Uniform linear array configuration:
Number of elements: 12
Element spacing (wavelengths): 0.25
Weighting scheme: hamming
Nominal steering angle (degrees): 60
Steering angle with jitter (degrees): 58.536
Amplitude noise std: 0.05
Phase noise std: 0.05

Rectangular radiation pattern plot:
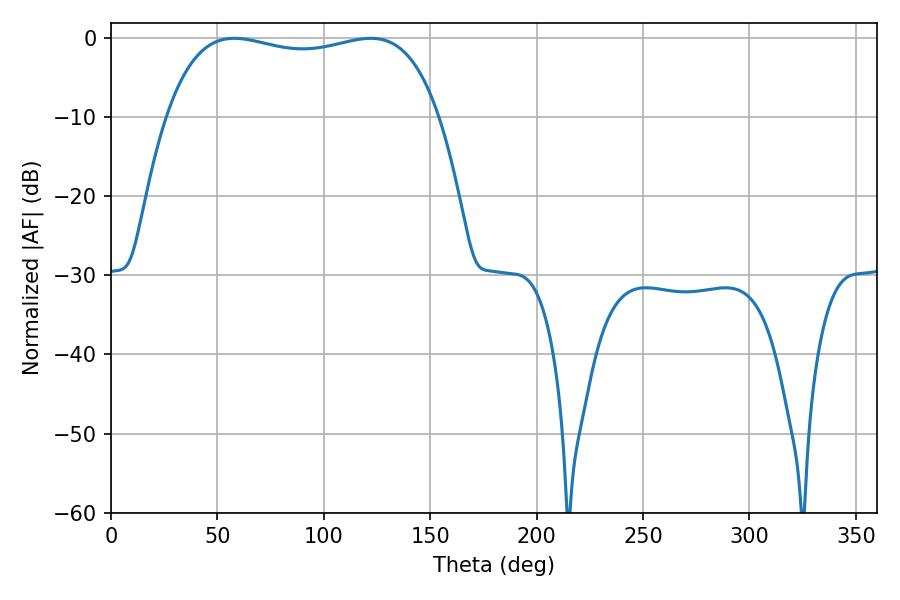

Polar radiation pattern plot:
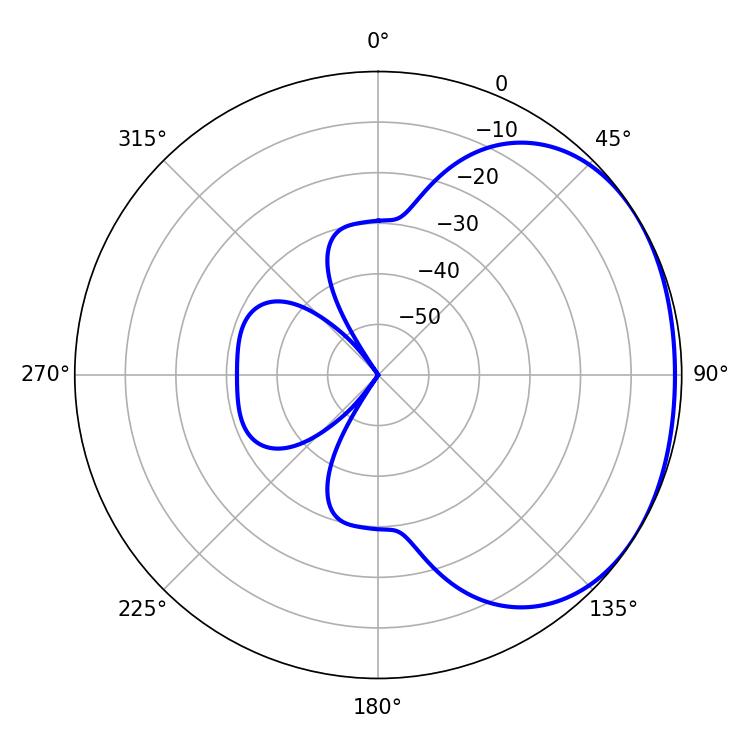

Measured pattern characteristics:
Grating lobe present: FALSE
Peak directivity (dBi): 1.538
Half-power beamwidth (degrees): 103.68
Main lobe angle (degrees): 122.04